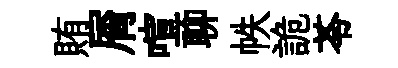
賄屑喧聊帙詭苓